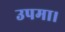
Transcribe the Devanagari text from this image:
उपमा।